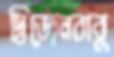
দ্বিজেনবাবু